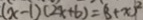
( x - 1 ) ( 2 x + 6 ) = ( 3 + x ) ^ { 2 }